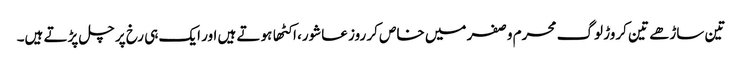
تین ساڑهے تین کروڑ لوگ محرم وصفر میں خاص کر روز عاشور، اکٹها ہوتے ہیں اور ایک ہی رخ پر چل پڑتے ہیں۔